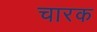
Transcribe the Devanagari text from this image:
चारक